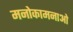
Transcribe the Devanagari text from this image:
मनोकामनाओ